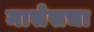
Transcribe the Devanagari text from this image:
मासेसचा